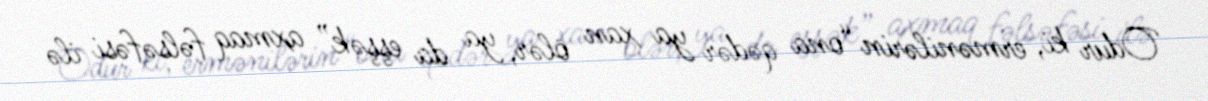
Odur ki, ermənilərin “ona qədər ya xan ölər, ya da eşşək” axmaq fəlsəfəsi ilə